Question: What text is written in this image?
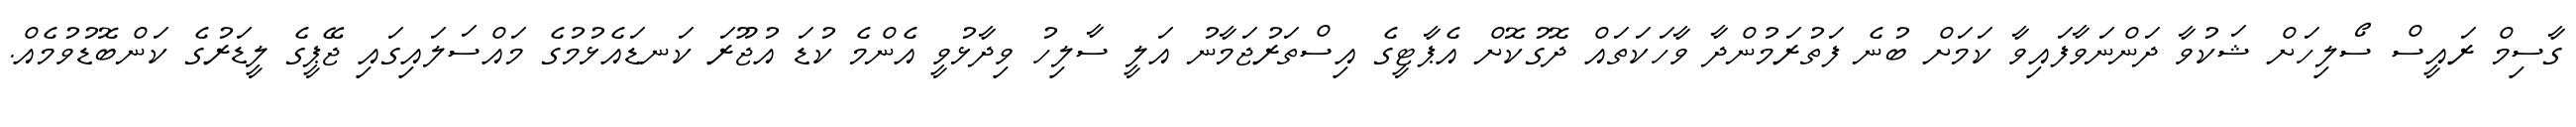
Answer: ގާސިމް ރައީސް ސޯލިހަށް ޝަކުވާ ދަންނަވާފައިވާ ކަމަށް ބުނެ ފަތުރަމުންދާ ވާހަކަތައް ދޮގުކޮށް އެޕާޓީގެ އިސްތަރުޖަމާނު އަލީ ސާލިހު ވިދާޅުވީ އެންމެ ކުޑަ އުޖޫރަ ކަނޑައެޅުމުގެ މައްސަލައިގައި ޖޭޕީގެ ލީޑަރުގެ ކަންބޮޑުވުމެއް.